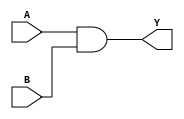
module AND2X1(A, B, Y);
input A, B;
output Y;
and(Y, A, B);
endmodule

module AND2X2(A, B, Y);
input A, B;
output Y;
and(Y, A, B);
endmodule

module AOI21X1(A, B, C, Y);
input A, B, C;
output Y;
wire tmp;
and(tmp, A, B);
nor(Y, tmp, C);
endmodule

module AOI22X1(A, B, C, D, Y);
input A, B, C, D;
output Y;
wire tmp0, tmp1;
and(tmp0, A, B);
and(tmp1, C, D);
nor(Y, tmp0, tmp1);
endmodule

module BUFX2(A, Y);
input A;
output Y;
buf(Y, A);
endmodule

module BUFX4(A, Y);
input A;
output Y;
buf(Y, A);
endmodule

module DFFPOSX1(CLK, D, Q);
input CLK, D;
output reg Q;
always @(posedge CLK)
	Q <= D;
endmodule

module INVX1(A, Y);
input A;
output Y;
not(Y, A);
endmodule

module INVX2(A, Y);
input A;
output Y;
not(Y, A);
endmodule

module INVX4(A, Y);
input A;
output Y;
not(Y, A);
endmodule

module INVX8(A, Y);
input A;
output Y;
not(Y, A);
endmodule

module NAND2X1(A, B, Y);
input A, B;
output Y;
nand(Y, A, B);
endmodule

module NAND3X1(A, B, C, Y);
input A, B, C;
output Y;
nand(Y, A, B, C);
endmodule

module NOR2X1(A, B, Y);
input A, B;
output Y;
nor(Y, A, B);
endmodule

module NOR3X1(A, B, C, Y);
input A, B, C;
output Y;
nor(Y, A, B, C);
endmodule

module OAI21X1(A, B, C, Y);
input A, B, C;
output Y;
wire tmp;
or(tmp, A, B);
nand(Y, tmp, C);
endmodule

module OAI22X1(A, B, C, D, Y);
input A, B, C, D;
output Y;
wire tmp0, tmp1;
or(tmp0, A, B);
or(tmp1, C, D);
nand(Y, tmp0, tmp1);
endmodule

module OR2X1(A, B, Y);
input A, B;
output Y;
or(Y, A, B);
endmodule

module OR2X2(A, B, Y);
input A, B;
output Y;
or(Y, A, B);
endmodule

module XNOR2X1(A, B, Y);
input A, B;
output Y;
xnor(Y, A, B);
endmodule

module XOR2X1(A, B, Y);
input A, B;
output Y;
xor(Y, A, B);
endmodule